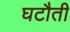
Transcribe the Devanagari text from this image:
घटौती